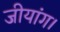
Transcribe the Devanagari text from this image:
जीयांग।